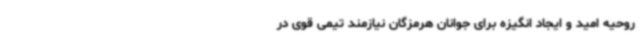
روحیه امید و ایجاد انگیزه برای جوانان هرمزگان نیازمند تیمی قوی در